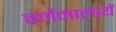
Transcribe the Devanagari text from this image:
वर्णमालायें